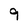
Character: 9